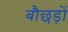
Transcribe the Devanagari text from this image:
बौछड़ों